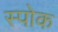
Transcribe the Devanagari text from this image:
स्‍पोक